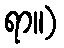
ရာ။)